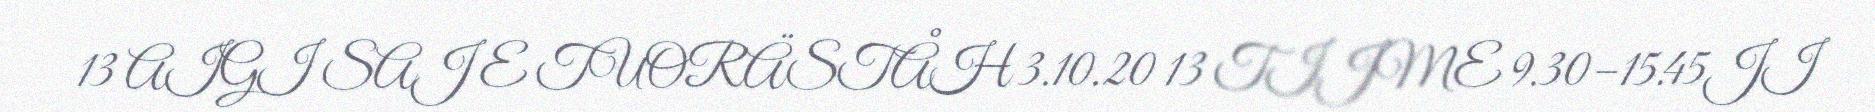
13 AIGI SAJ E TUORÄSTÅH 3.10.20 13 TIJME 9.30–15.45JI